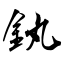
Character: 釻